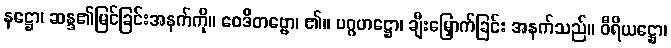
နဋ္ဌော၊ ဆန္ဒ၏မြင်ခြင်းအနက်ကို။ ဝေဒိတဗ္ဗော၊ ၏။ ပဂ္ဂဟဋ္ဌော၊ ချီးမြှောက်ခြင်း အနက်သည်။ ဝီရိယဋ္ဌော၊